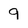
Character: 9